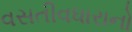
વસતીવધારાનો